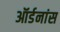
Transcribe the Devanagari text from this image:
ऑर्डनांस